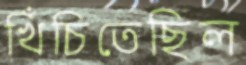
খিঁচিতেছিল